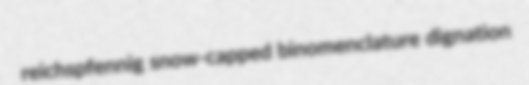
reichspfennig snow-capped binomenclature dignation